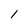
Character: l